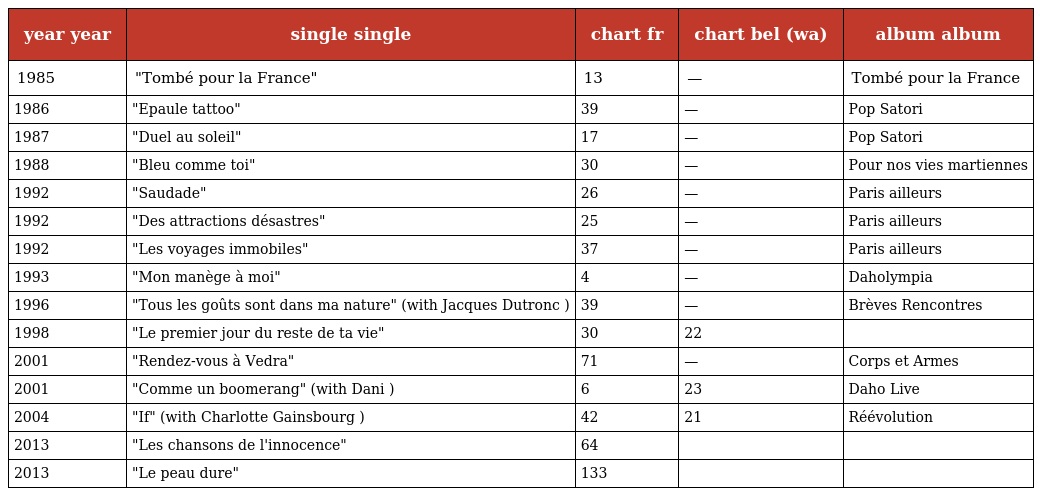
| year year | single single | chart fr | chart bel (wa) | album album |
 | --- | --- | --- | --- | --- |
 | 1985 | "Tombé pour la France" | 13 | — | Tombé pour la France |
 | 1986 | "Epaule tattoo" | 39 | — | Pop Satori |
 | 1987 | "Duel au soleil" | 17 | — | Pop Satori |
 | 1988 | "Bleu comme toi" | 30 | — | Pour nos vies martiennes |
 | 1992 | "Saudade" | 26 | — | Paris ailleurs |
 | 1992 | "Des attractions désastres" | 25 | — | Paris ailleurs |
 | 1992 | "Les voyages immobiles" | 37 | — | Paris ailleurs |
 | 1993 | "Mon manège à moi" | 4 | — | Daholympia |
 | 1996 | "Tous les goûts sont dans ma nature" (with Jacques Dutronc ) | 39 | — | Brèves Rencontres |
 | 1998 | "Le premier jour du reste de ta vie" | 30 | 22 |  |
 | 2001 | "Rendez-vous à Vedra" | 71 | — | Corps et Armes |
 | 2001 | "Comme un boomerang" (with Dani ) | 6 | 23 | Daho Live |
 | 2004 | "If" (with Charlotte Gainsbourg ) | 42 | 21 | Réévolution |
 | 2013 | "Les chansons de l'innocence" | 64 |  |  |
 | 2013 | "Le peau dure" | 133 |  |  |